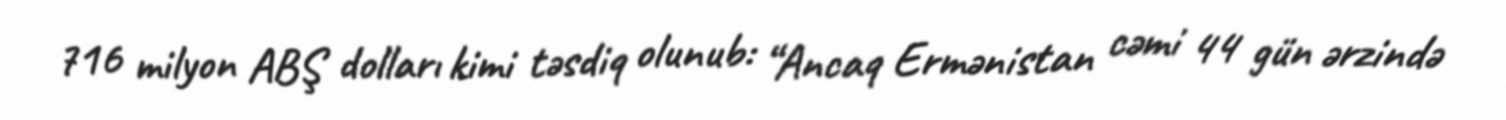
716 milyon ABŞ dolları kimi təsdiq olunub: “Ancaq Ermənistan cəmi 44 gün ərzində